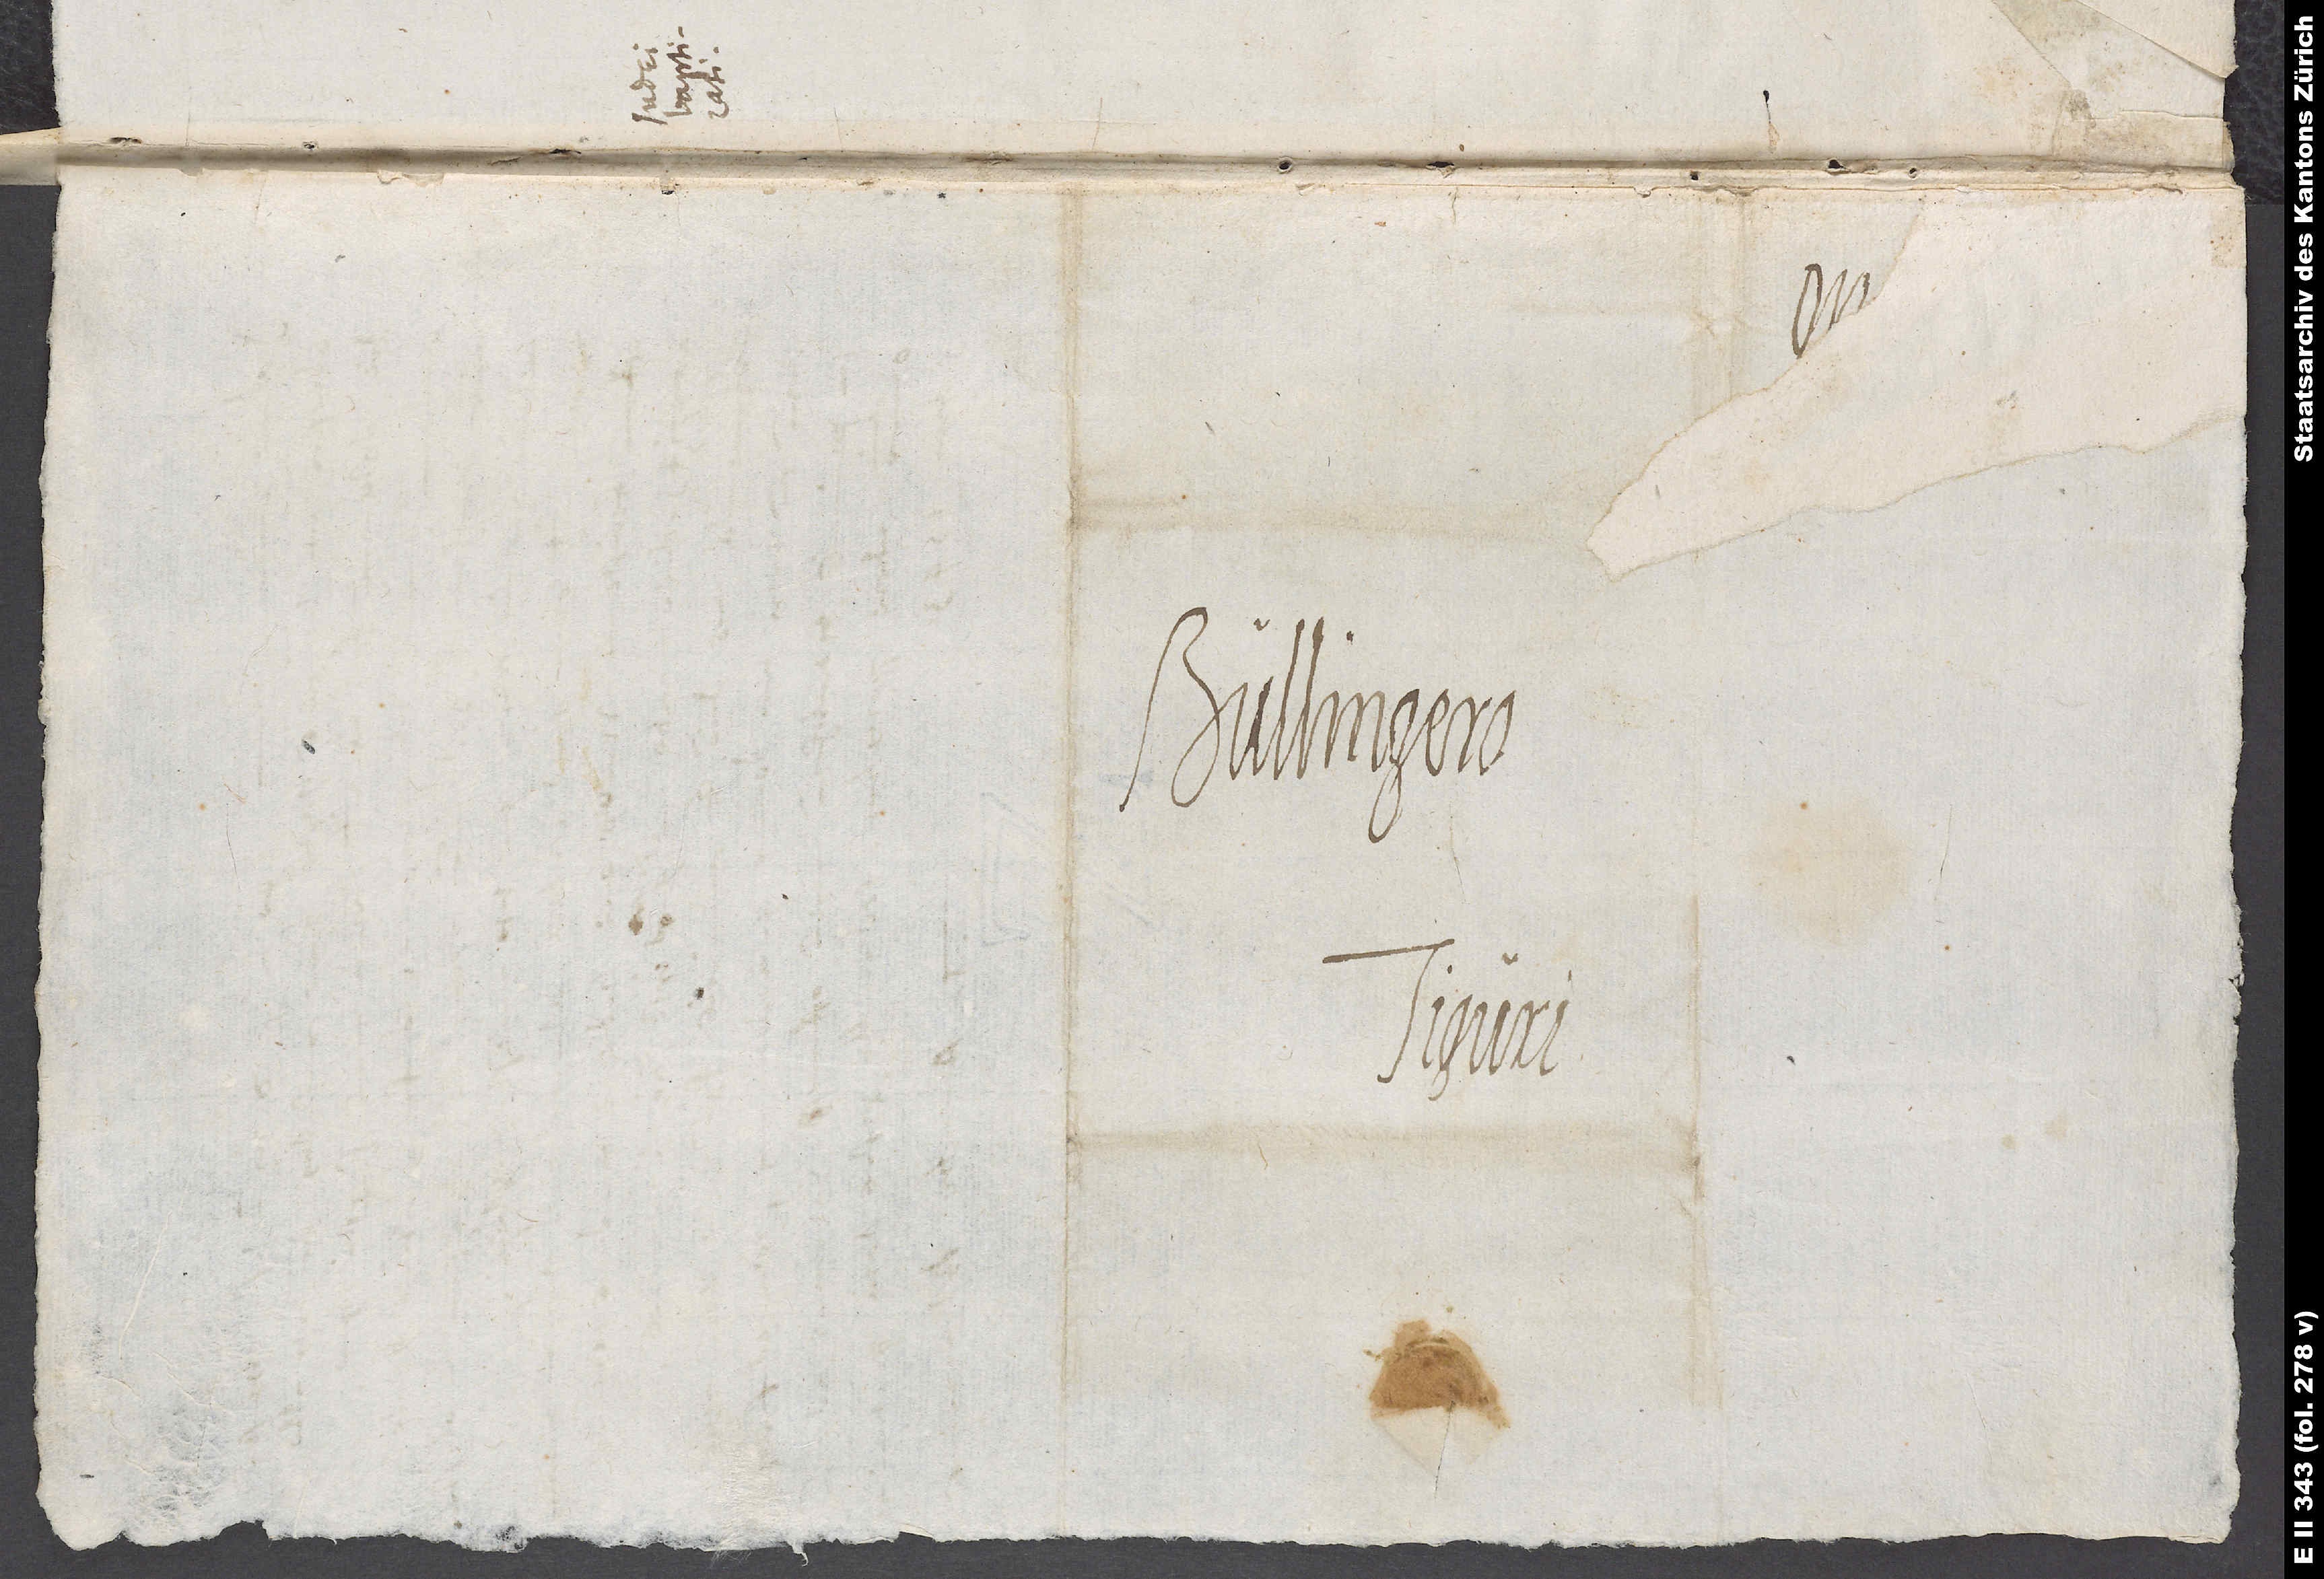
Bullingero
Tiguri.